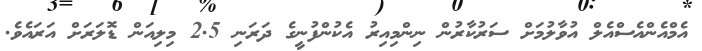
އެމްއެންއެސްއެލް އުވާލުމަށް ސަރުކާރުން ނިންމިއިރު އެކުންފުނީގެ ދަރަނި 2.5 މިލިއަން ޑޮލަރަށް އަރައެވެ.